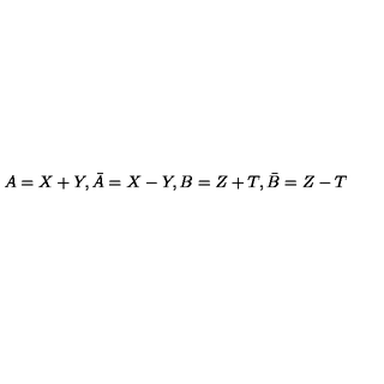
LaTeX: A = X + Y , \bar { A } = X - Y , B = Z + T , \bar { B } = Z - T